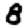
Digit: 8